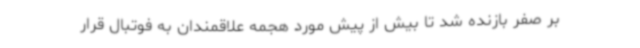
بر صفر بازنده شد تا بیش از پیش مورد هجمه علاقمندان به فوتبال قرار